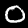
Digit: 0